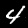
Digit: 4